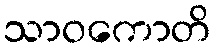
သာဝကောတိ